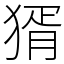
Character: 𤟠